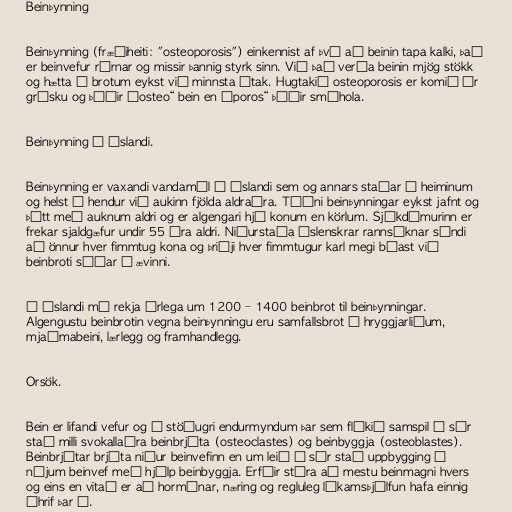
Beinþynning

Beinþynning (fræðiheiti: "osteoporosis") einkennist af því að beinin tapa kalki, það
er beinvefur rýrnar og missir þannig styrk sinn. Við það verða beinin mjög stökk
og hætta á brotum eykst við minnsta átak. Hugtakið osteoporosis er komið úr
grísku og þýðir „osteo“ bein en „poros“ þýðir smáhola.

Beinþynning á Íslandi.

Beinþynning er vaxandi vandamál á Íslandi sem og annars staðar í heiminum
og helst í hendur við aukinn fjölda aldraðra. Tíðni beinþynningar eykst jafnt og
þétt með auknum aldri og er algengari hjá konum en körlum. Sjúkdómurinn er
frekar sjaldgæfur undir 55 ára aldri. Niðurstaða íslenskrar rannsóknar sýndi
að önnur hver fimmtug kona og þriðji hver fimmtugur karl megi búast við
beinbroti síðar á ævinni.

Á Íslandi má rekja árlega um 1200 – 1400 beinbrot til beinþynningar.
Algengustu beinbrotin vegna beinþynningu eru samfallsbrot í hryggjarliðum,
mjaðmabeini, lærlegg og framhandlegg.

Orsök.

Bein er lifandi vefur og í stöðugri endurmyndum þar sem flókið samspil á sér
stað milli svokallaðra beinbrjóta (osteoclastes) og beinbyggja (osteoblastes).
Beinbrjótar brjóta niður beinvefinn en um leið á sér stað uppbygging á
nýjum beinvef með hjálp beinbyggja. Erfðir stýra að mestu beinmagni hvers
og eins en vitað er að hormónar, næring og regluleg líkamsþjálfun hafa einnig
áhrif þar á.